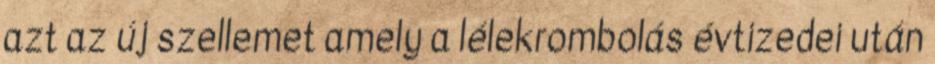
azt az új szellemet amely a lélekrombolás évtizedei után